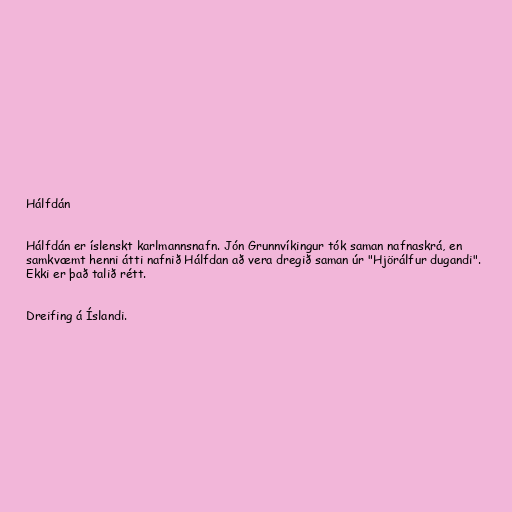
Hálfdán

Hálfdán er íslenskt karlmannsnafn. Jón Grunnvíkingur tók saman nafnaskrá, en
samkvæmt henni átti nafnið Hálfdan að vera dregið saman úr "Hjörálfur dugandi".
Ekki er það talið rétt.

Dreifing á Íslandi.